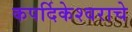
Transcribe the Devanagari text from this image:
कपर्दिकेश्वराचे